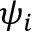
\psi _ { i }